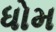
ધોમ